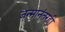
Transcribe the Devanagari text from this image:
जन्मानंतरही